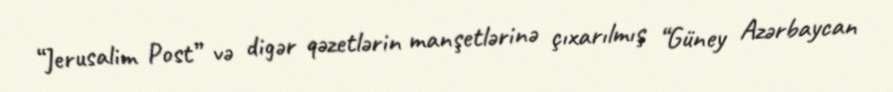
“Jerusalim Post” və digər qəzetlərin manşetlərinə çıxarılmış “Güney Azərbaycan